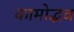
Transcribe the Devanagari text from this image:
कामोद्भव